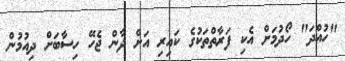
"ހުއްދަ" ހޯދުމަށް އެކި ފަރާތްތަކުގެ ކައިރި އަށް ދާން ޖެހޭ ހިސާބަށް ދިއުމުން